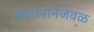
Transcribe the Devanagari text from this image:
माटापानजवळ